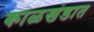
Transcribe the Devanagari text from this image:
काळखंडात